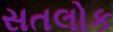
સતલોક